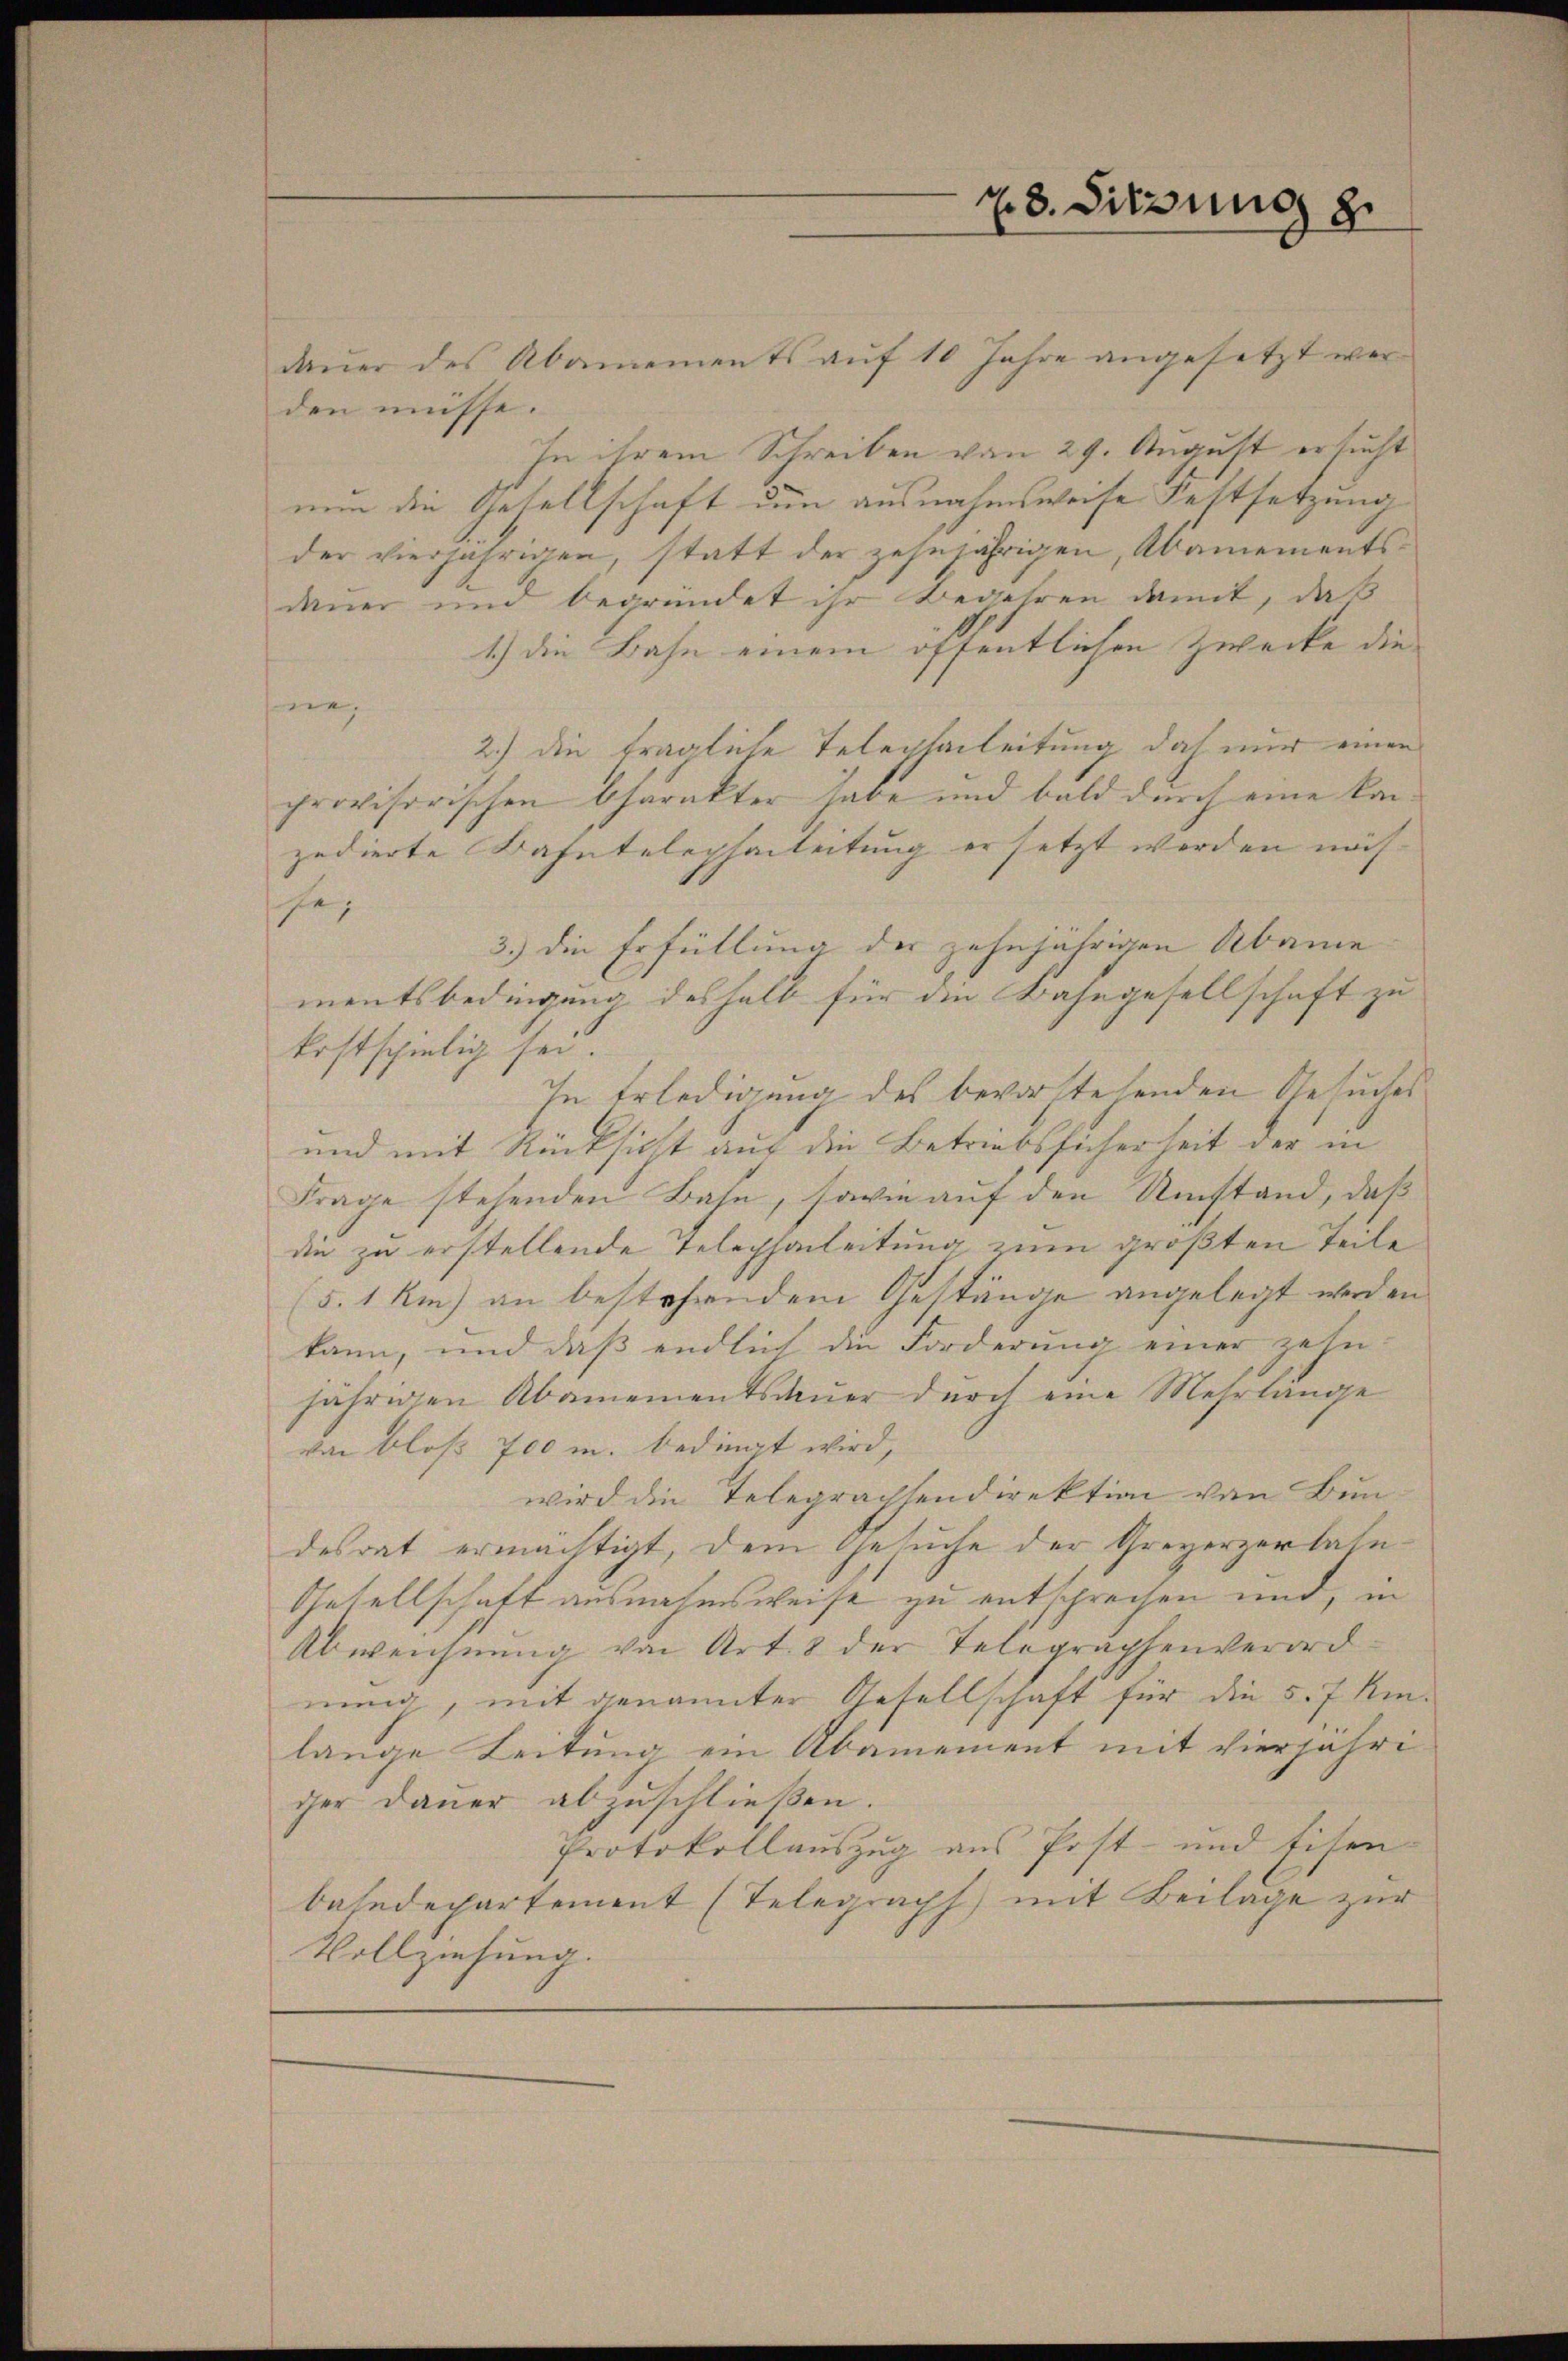
daŭer des Abamements aŭf 10 Jahre angesetzt wer-
den müsse.
In ihrem Schreiben von 29. August ersucht
nun die Gesellschaft um ausnahmsweise Festsetzung
der vierjährigen, statt der zehnjährigen, Abamementsdauer und begründet ihr Begehren damit, daß
1.) Die Bahn einem öffentlichen Zwecke die
e
2.) Die tragliche Telephanleitung doch nur einen
provisorischen Charakter habe und bald durch eine kanzedierte Bahntelephanleitung ersetzt werden näch-
sei
3.) Die Erfüllung der zehnjährigen Abame
mentsbedingung deshalb für die Bahngesellschaft zu
kostschielig sei.
In Erledigung des bevorstehenden Gesuches
und mit Rücksicht auf die Betriebssicherheit der in
Frage stehenden Bahn, sowie auf den Umstand, daß
die zu erstellende Telephonleitung zum größten Teile
(5.1 km) an bestehendem Gestänge angelegt werden
kann, und daß endlich die Forderung einer zehn
jährigen Abamementsdauer durch eine Mehrlange
von bloß 700 m. bedingt wird,
wird die Telegrachsendirektion von Bun-
desrat ermächtigt, dem Gesuche der Greyerzerbate¬
Gesellschaft ausnahmsweise zu entsprechen und, in
Abweichnung von Art. 8 der Telegraphenverord
nung, mit genannter Gesellschaft für die 5. 7 Kin-
lange Leitung ein Abamement mit vierjähriger Dauer abzuschließen.
Protokollauszug aus Post- und Eisen-
bahndepartement (Telegraph) mit Beilage zur
Vollziehung.

28. Sitzung z